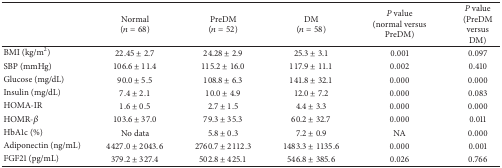
<table><thead><tr><td><b> </b></td><td><b>Normal(<i>n</i> = 68)</b></td><td><b>PreDM(<i>n</i> = 52)</b></td><td><b>DM(<i>n</i> = 58)</b></td><td><b><i>P</i> value(normal versus PreDM)</b></td><td><b><i>P</i> value(PreDMversus DM)</b></td></tr></thead><tbody><tr><td>BMI (kg/m<sup>2</sup>)</td><td>22.45 ± 2.7</td><td>24.28 ± 2.9</td><td>25.3 ± 3.1</td><td>0.001</td><td>0.097</td></tr><tr><td>SBP (mmHg)</td><td>106.6 ± 11.4</td><td>115.2 ± 16.0</td><td>117.9 ± 11.1</td><td>0.002</td><td>0.410</td></tr><tr><td>Glucose (mg/dL)</td><td>90.0 ± 5.5</td><td>108.8 ± 6.3</td><td>141.8 ± 32.1</td><td>0.000</td><td>0.000</td></tr><tr><td>Insulin (mg/dL)</td><td>7.4 ± 2.1</td><td>10.0 ± 4.9</td><td>12.0 ± 7.2</td><td>0.000</td><td>0.083</td></tr><tr><td>HOMA-IR</td><td>1.6 ± 0.5</td><td>2.7 ± 1.5</td><td>4.4 ± 3.3</td><td>0.000</td><td>0.000</td></tr><tr><td>HOMR-<i>β</i></td><td>103.6 ± 37.0</td><td>79.3 ± 35.3</td><td>60.2 ± 32.7</td><td>0.000</td><td>0.011</td></tr><tr><td>HbA1c (%)</td><td>No data</td><td>5.8 ± 0.3</td><td>7.2 ± 0.9</td><td>NA</td><td>0.000</td></tr><tr><td>Adiponectin (ng/mL)</td><td>4427.0 ± 2043.6</td><td>2760.7 ± 2112.3</td><td>1483.3 ± 1135.6</td><td>0.000</td><td>0.001</td></tr><tr><td>FGF21 (pg/mL)</td><td>379.2 ± 327.4</td><td>502.8 ± 425.1</td><td>546.8 ± 385.6</td><td>0.026</td><td>0.766</td></tr></tbody></table>